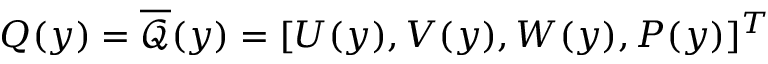
\boldsymbol { Q } ( y ) = \overline { { \boldsymbol { \mathcal { Q } } } } ( y ) = [ U ( y ) , V ( y ) , W ( y ) , P ( y ) ] ^ { T }